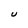
Character: U